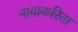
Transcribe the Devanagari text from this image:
नावाकरिता